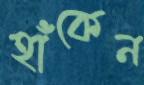
হাঁকেন